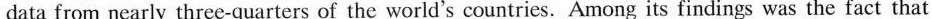
data from nearly three-quarters of the world's countries. Among its findings was the fact that